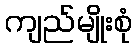
ကျည်မျိုးစုံ